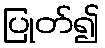
ပြုတ်၍